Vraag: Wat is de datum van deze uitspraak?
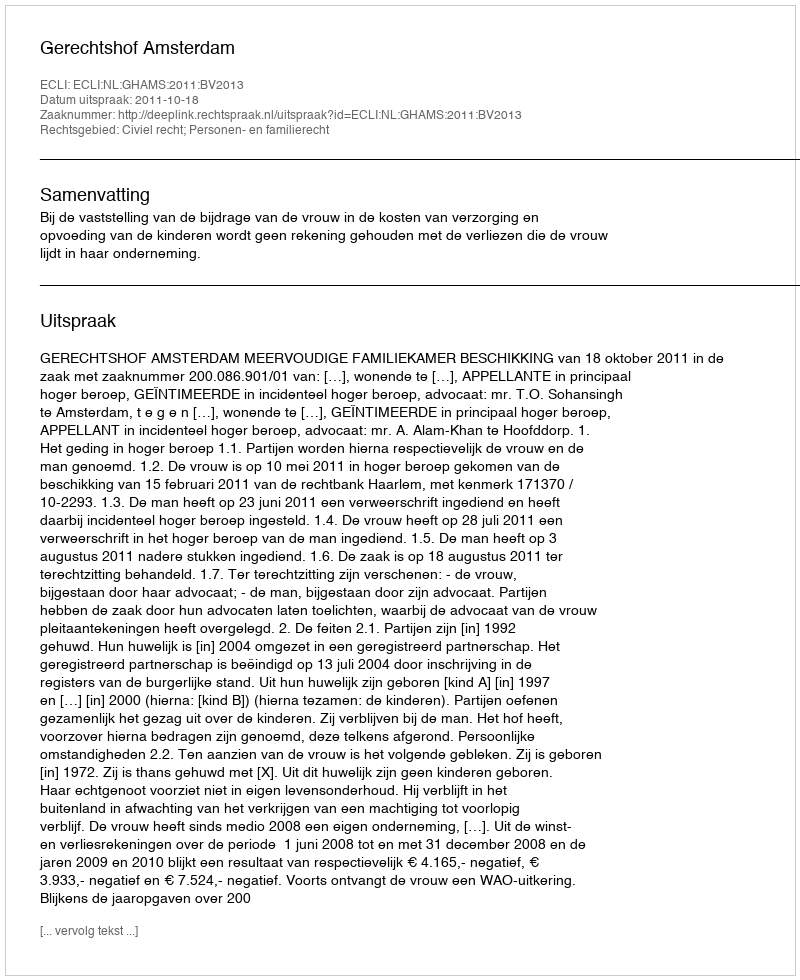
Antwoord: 2011-10-18